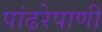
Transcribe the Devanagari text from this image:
पांढरेपाणी